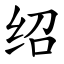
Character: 绍